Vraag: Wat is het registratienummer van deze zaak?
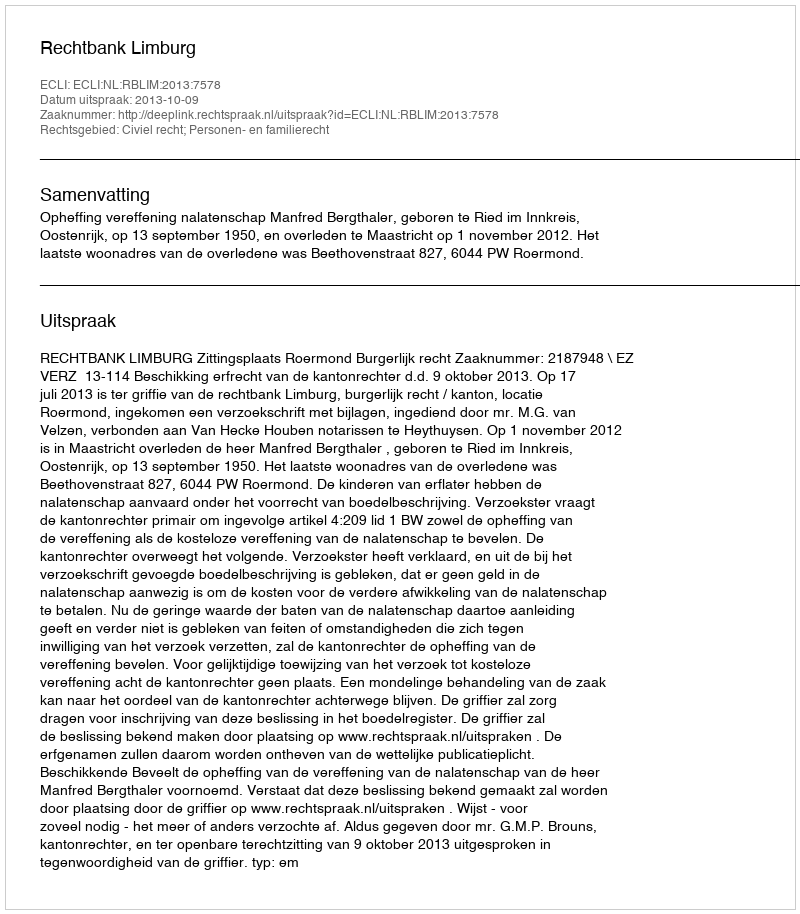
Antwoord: http://deeplink.rechtspraak.nl/uitspraak?id=ECLI:NL:RBLIM:2013:7578